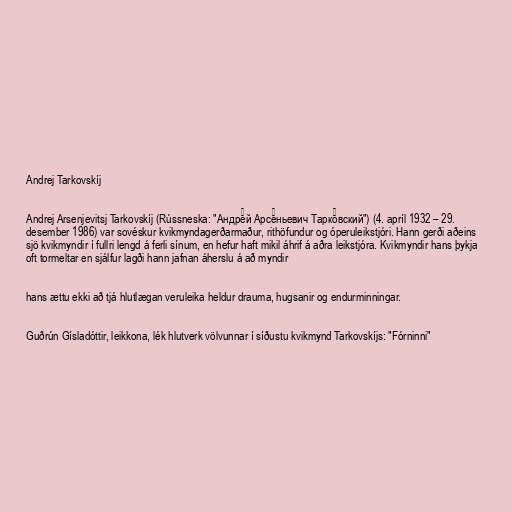
Andrej Tarkovskíj

Andrej Arsenjevitsj Tarkovskíj (Rússneska: "Андре́й Арсе́ньевич Тарко́вский") (4. apríl 1932 – 29.
desember 1986) var sovéskur kvikmyndagerðarmaður, rithöfundur og óperuleikstjóri. Hann gerði aðeins
sjö kvikmyndir í fullri lengd á ferli sínum, en hefur haft mikil áhrif á aðra leikstjóra. Kvikmyndir hans þykja
oft tormeltar en sjálfur lagði hann jafnan áherslu á að myndir

hans ættu ekki að tjá hlutlægan veruleika heldur drauma, hugsanir og endurminningar.

Guðrún Gísladóttir, leikkona, lék hlutverk völvunnar í síðustu kvikmynd Tarkovskíjs: "Fórninni"